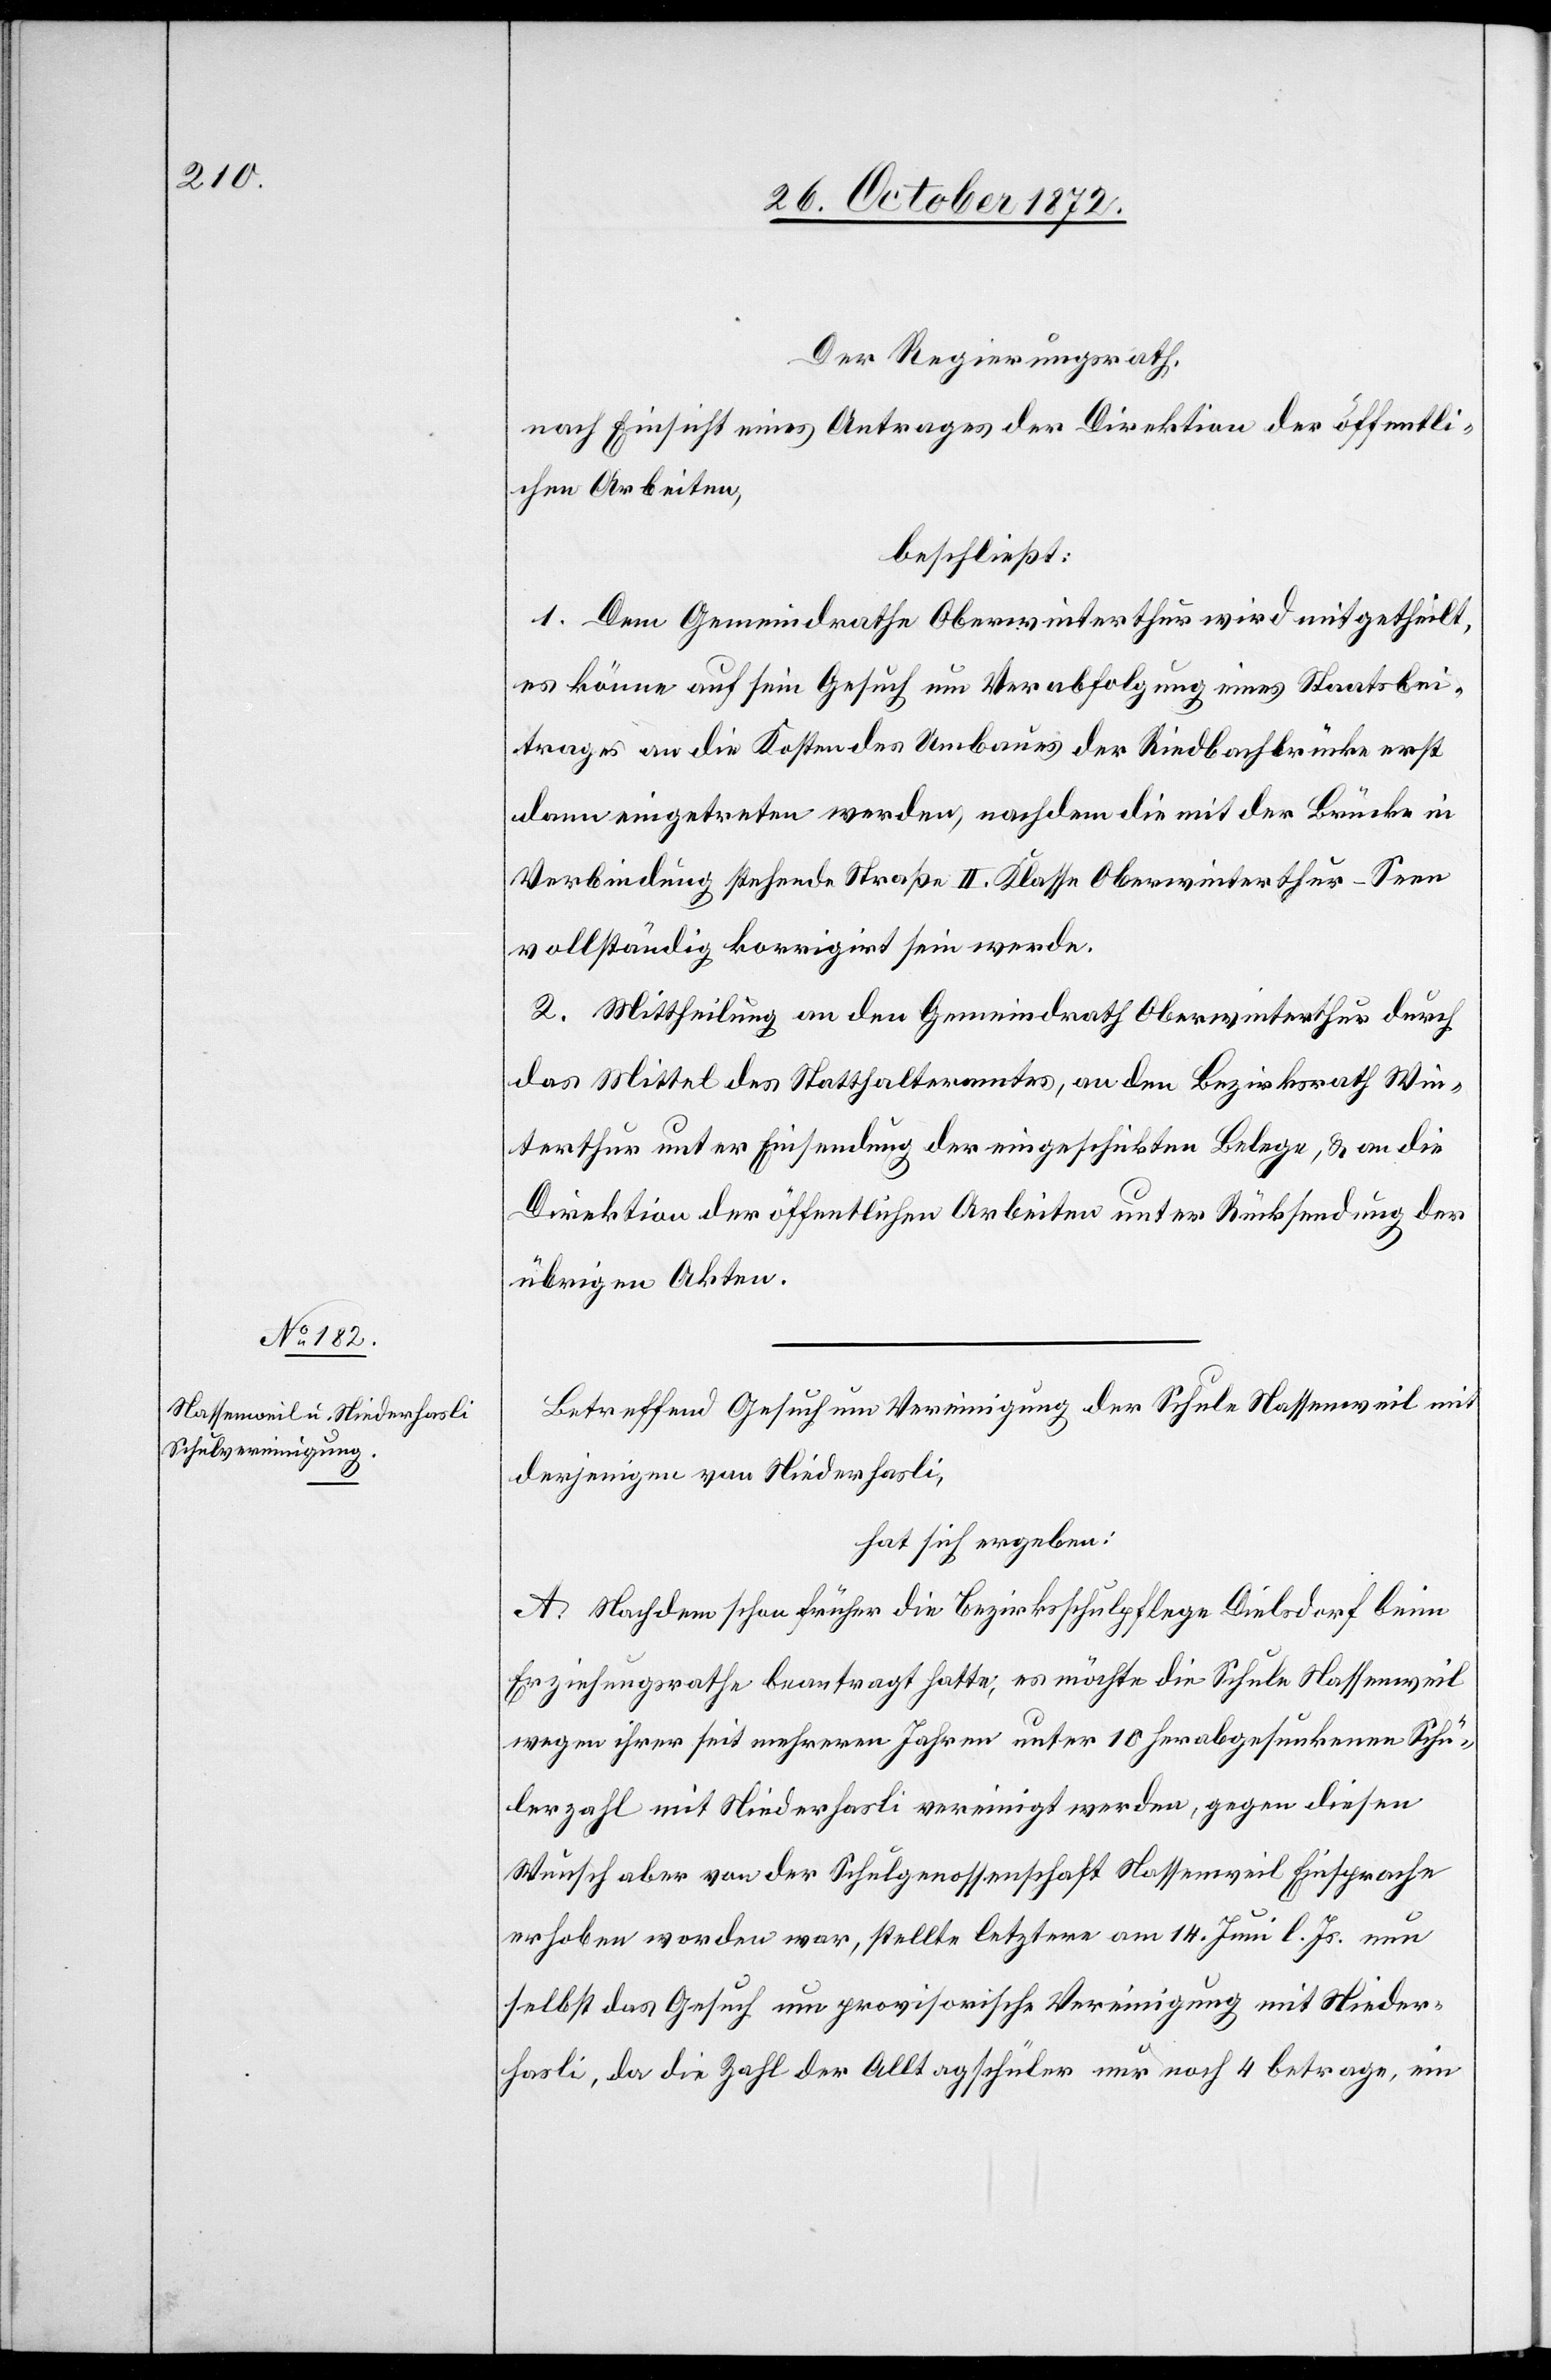
Der Regierungsrath,
nach Einsicht eines Antrages der Direktion der öffentli¬
chen Arbeiten,
beschließt:
1. Dem Gemeindrathe Oberwinterthur wird mitgetheilt,
es könne auf sein Gesuch um Verabfolgung eines Staatsbei¬
trages an die Kosten des Umbaues der Riedbachbrücke erst
dann eingetreten werden, nachdem die mit der Brücke in
Verbindung stehende Straße II. Klasse Oberwinterthur–Seen
vollständig korrigirt sein werde.
2. Mittheilung an den Gemeindrath Oberwinterthur durch
das Mittel des Statthalteramtes, an den Bezirksrath Win¬
terthur unter Einsendung der eingeschickten Belege, u. an die
Direktion der öffentlichen Arbeiten unter Rücksendung der
übrigen Akten.
Betreffend Gesuch um Vereinigung der Schule Nassenweil mit
derjenigen von Niederhasli,
hat sich ergeben:
A. Nachdem schon früher die Bezirksschulpflege Dielsdorf beim
Erziehungsrathe beantragt hatte, es möchte die Schule Nassenweil
wegen ihrer seit mehreren Jahren unter 10 herabgesunkenen Schü¬
lerzahl mit Niederhasli vereinigt werden, gegen diesen
Wusch aber von der Schulgenossenschaft Nassenweil Einsprache
erhoben worden war, stellte letztere am 14. Juni l. Js. nun
selbst das Gesuch um provisorische Vereinigung mit Nieder¬
hasli, da die Zahl der Alltagschüler nur noch 4 betrage, ein